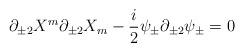
LaTeX: \begin{align*}\partial_{\pm2}X^m\partial_{\pm2}X_m-\frac{i}{2}\psi_{\pm}\partial_{\pm2}\psi_{\pm}=0\end{align*}